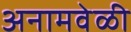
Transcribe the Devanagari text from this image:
अनामवेळी